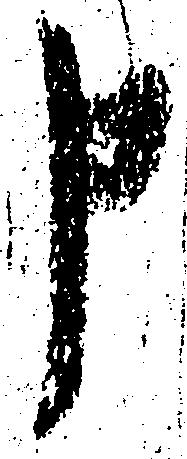
申